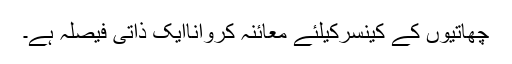
چھاتیوں کے کینسرکیلئے معائنہ کرواناایک ذاتی فیصلہ ہے۔